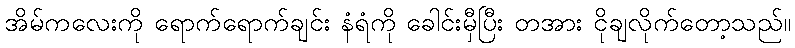
အိမ်ကလေးကို ရောက်ရောက်ချင်း နံရံကို ခေါင်းမှီပြီး တအား ငိုချလိုက်တော့သည်။